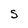
Character: S